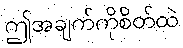
ဤအချက်ကိုစိတ်ထဲ